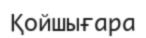
Қойшығара